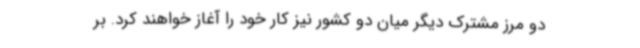
دو مرز مشترک دیگر میان دو کشور نیز کار خود را آغاز خواهند کرد. بر